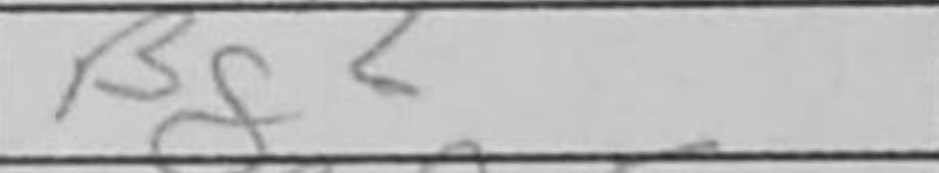
Transcription: Bg2